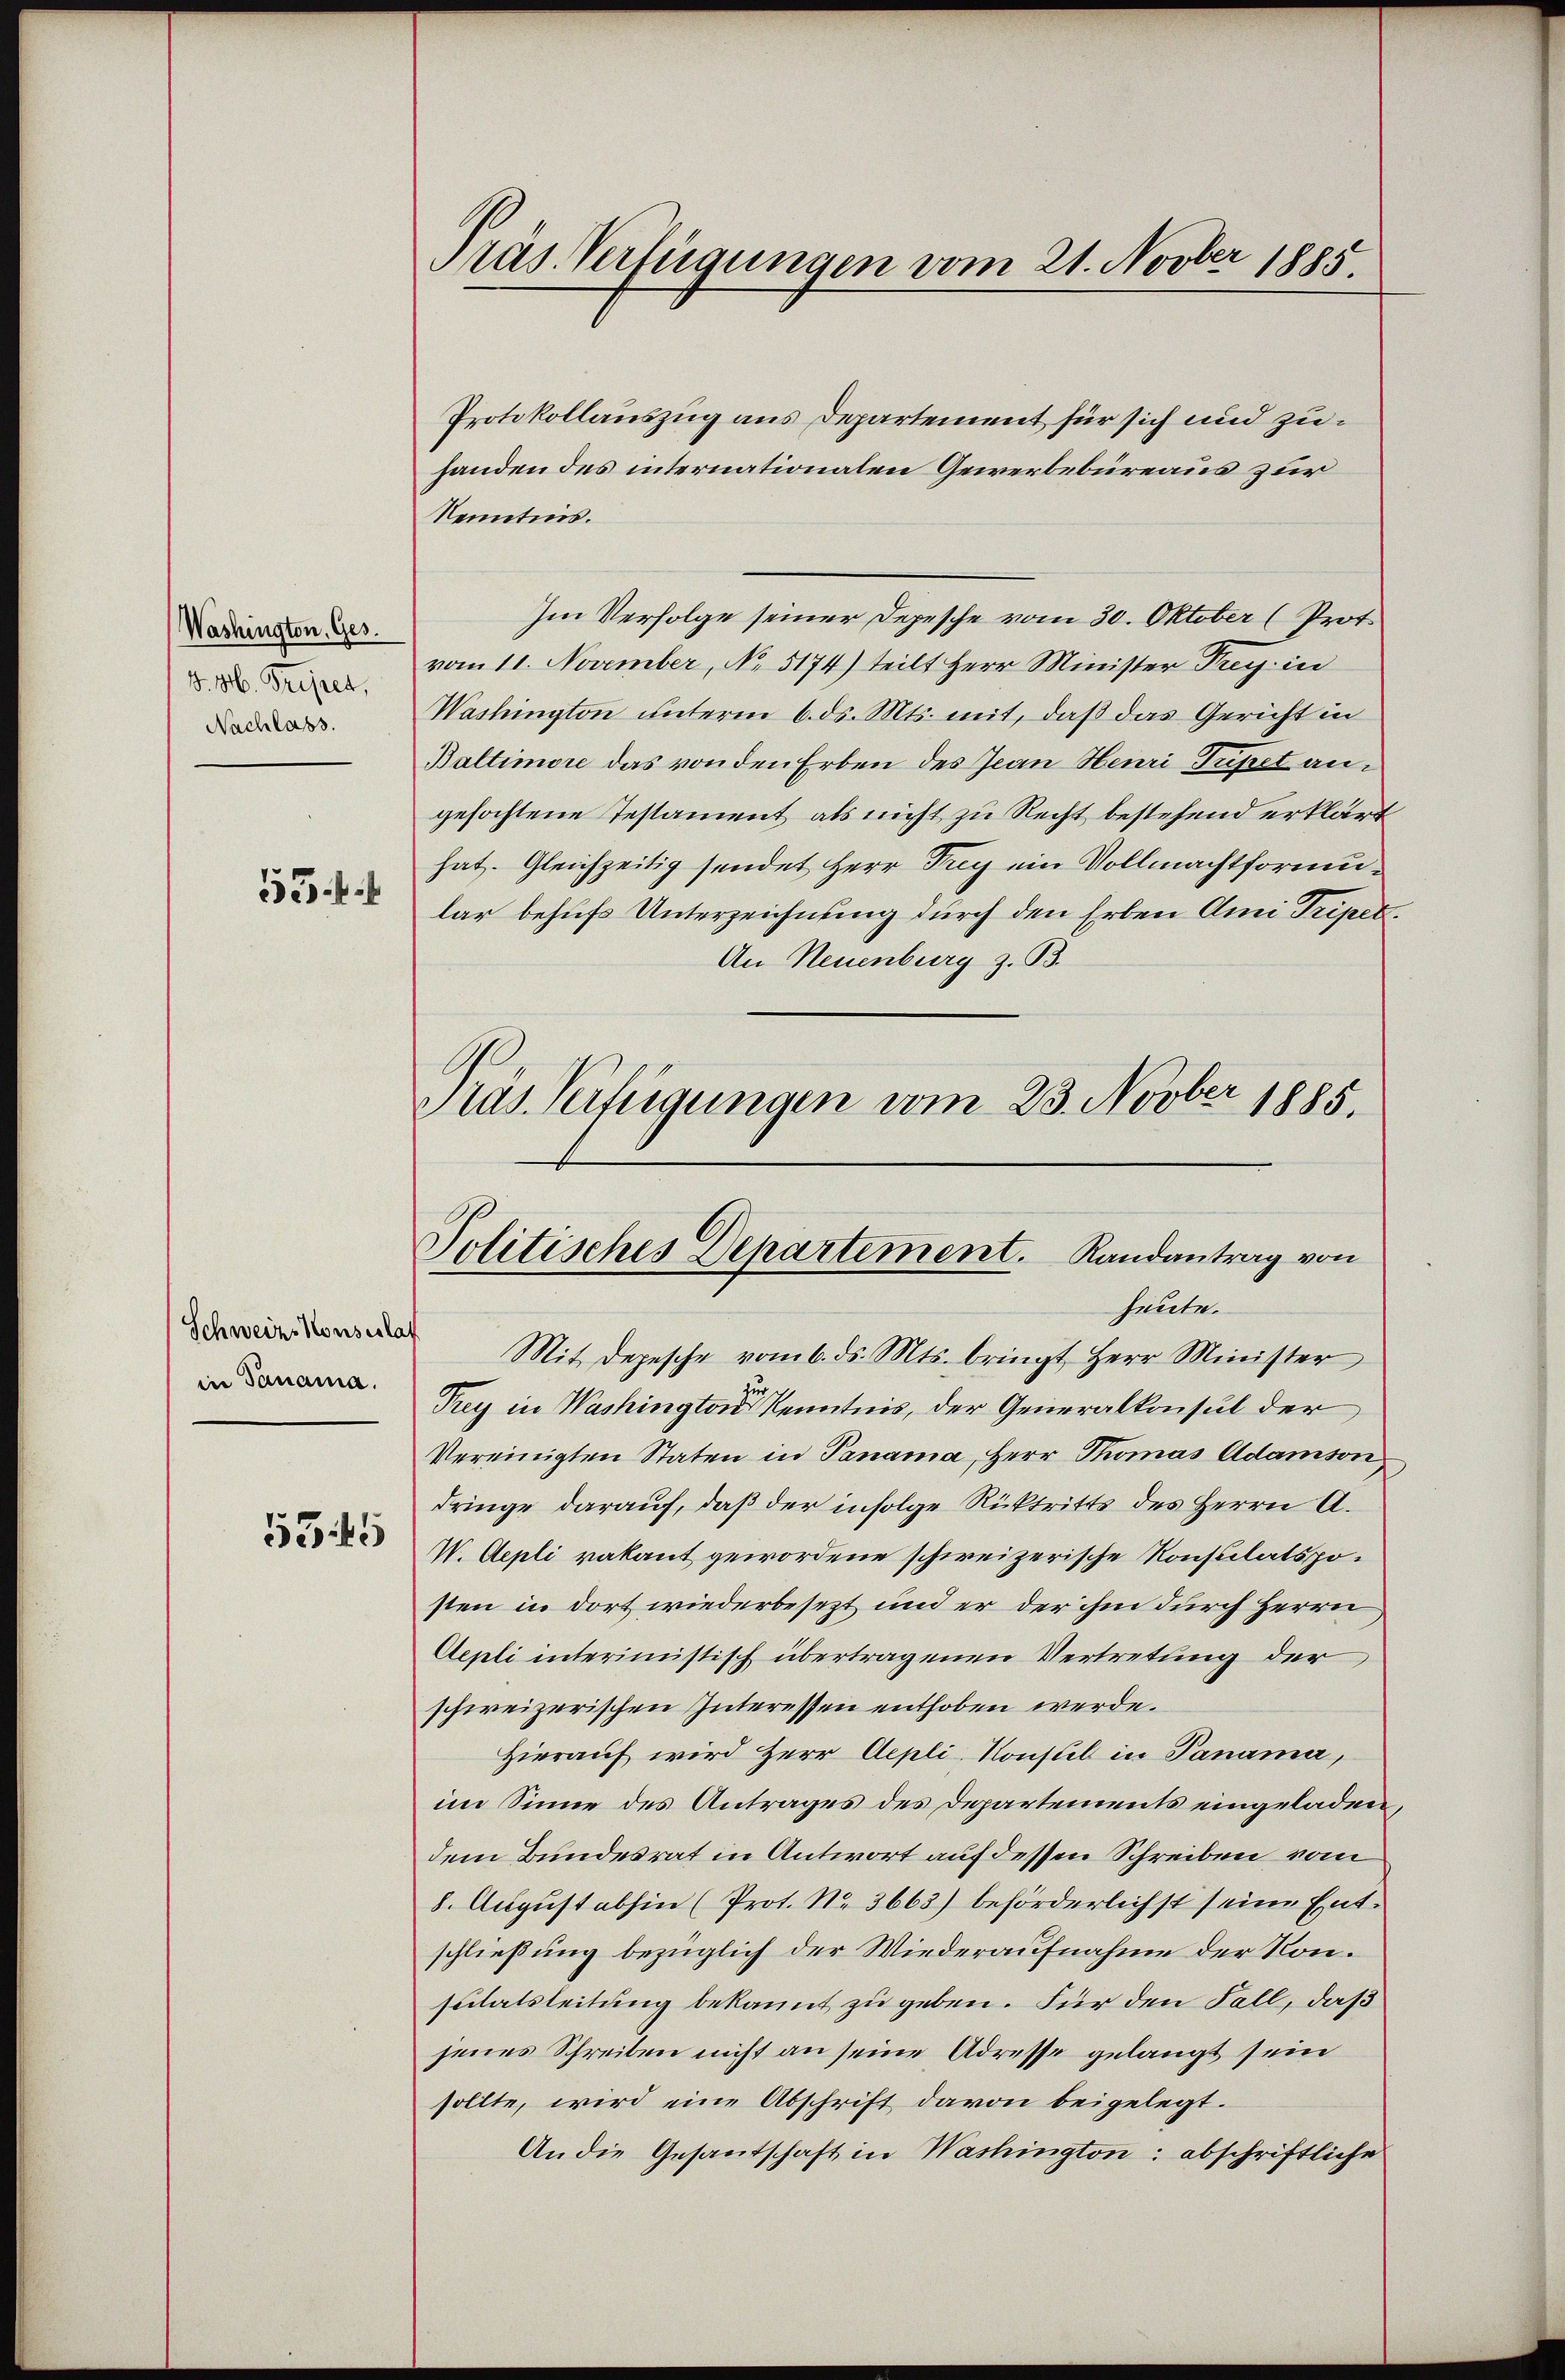
Washington, Ges.
d. M. Tripet,
Nachlass.

55 f 4

Schweiz. Konsestat
in Panama.
5345

Präs. Verfügungen vom 21. Novber 1885.

Politisches Departement. Randantrag von
heute.

Protokollauszug aus Departement für sich und zuhanden des internationalen Gewerbebüreaus zur
Renntnis.
Im Verfolge seiner Depesche vom 30. Oktober (Prot.
vom 11. November, No. 5174) teilt Herr Minister Frey in
Washington unterm 6. ds. Mts. mit, daß das Gericht in
Baltimore das von den Erben des Jean Henri Tupet angefochtene Testament als nicht zu Recht bestehend erklärt
hat. Gleichzeitig sendet Herr Frey ein Vollmachtformular behufs Unterzeichnung durch den Erben Ami Tripet.
An Neuenburg z. B.
Präs. Verfügungen vom 23. Novber 1885.

Mit Depesche vom 6. ds. Mts. bringt Herr Minister
u
Trey in Washington Kenntnis, der Generalkonsul der
Vereinigten Staten in Panama, Herr Thomas Adamson
dringe darauf, daß der infolge Rücktritts des Herrn A.
V. Aepti vakant gewordene schweizerische Konsulatsposten in dort wiederbesezt und er der ihm durch Herrn
Aepli interimistisch übertragenen Vertretung der
schweizerischen Interessen enthoben werde.
Hierauf wird Herr Aepli-Konsul in Panama,
im Sinne des Antrages des Departements eingeladen,
dem Bundesrat in Antwort auf dessen Schreiben vom
8. August abhin (Prot. No. 3663) beförderlichst seine Entschließung bezüglich der Wiederaufnahme der Konsutatsleitung bekannt zu geben. Für den Fall, daß
jenes Schreiben nicht an seine Adresse gelangt sein
sollte, wird eine Abschrift davon beigelegt.
An die Gesantschaft in Washington: abschriftliche